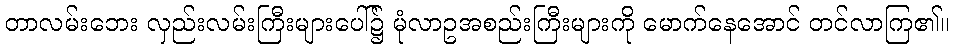
တာလမ်းဘေး လှည်းလမ်းကြီးများပေါ်၌ မုံလာဥအစည်းကြီးများကို မောက်နေအောင် တင်လာကြ၏။